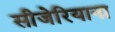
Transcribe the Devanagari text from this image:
सीजेरियाना